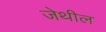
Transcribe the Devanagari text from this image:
जेथील